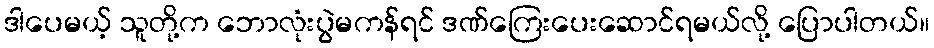
ဒါပေမယ့် သူတို့က ဘောလုံးပွဲမကန်ရင် ဒဏ်ကြေးပေးဆောင်ရမယ်လို့ ပြောပါတယ်။